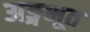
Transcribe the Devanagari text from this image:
अङ्गभूत